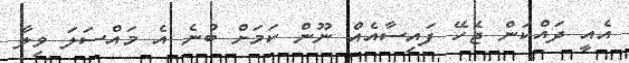
އެއީ ދައްކަން ޖެހޭ ފައިސާއެއް ނޫން ކަމަށް ބުނެ އެ މައްސަލަ ވިލާ